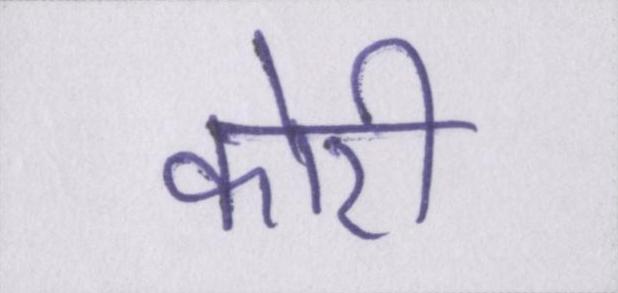
कोरी